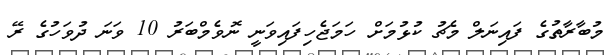
މުބާރާތުގެ ފައިނަލް މެޗު ކުޅުމަށް ހަމަޖެހިފައިވަނީ ނޮވެމްބަރު 10 ވަނަ ދުވަހުގެ ރޭ